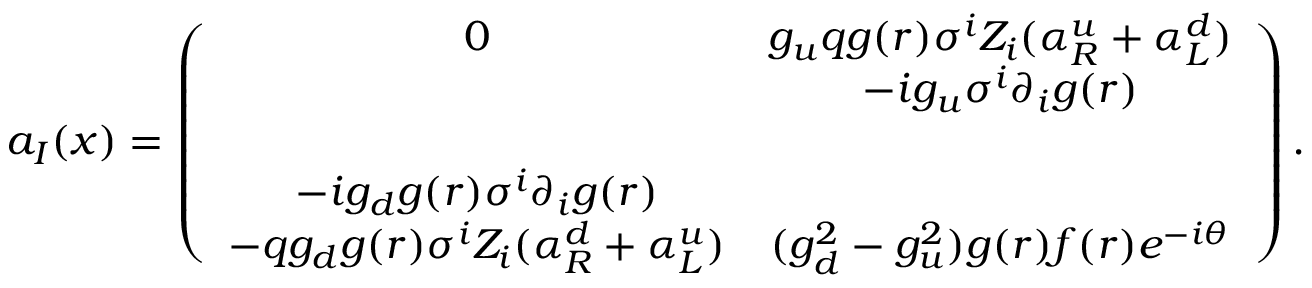
a _ { I } ( x ) = \left( \begin{array} { c c } { { 0 } } & { { g _ { u } q g ( r ) \sigma ^ { i } Z _ { i } ( \alpha _ { R } ^ { u } + \alpha _ { L } ^ { d } ) } } \\ { { } } & { { - i g _ { u } \sigma ^ { i } \partial _ { i } g ( r ) } } \\ { { } } & { { } } \\ { { - i g _ { d } g ( r ) \sigma ^ { i } \partial _ { i } g ( r ) } } & { { } } \\ { { - q g _ { d } g ( r ) \sigma ^ { i } Z _ { i } ( \alpha _ { R } ^ { d } + \alpha _ { L } ^ { u } ) } } & { { ( g _ { d } ^ { 2 } - g _ { u } ^ { 2 } ) g ( r ) f ( r ) e ^ { - i \theta } } } \end{array} \right) .